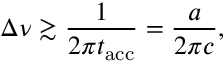
\Delta \nu \gtrsim \frac { 1 } { 2 \pi t _ { \mathrm { a c c } } } = \frac { a } { 2 \pi c } ,